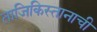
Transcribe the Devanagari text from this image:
ताजिकिस्तानाची